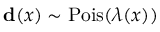
\mathbf { d } ( x ) \sim \mathrm { P o i s } ( \lambda ( x ) )